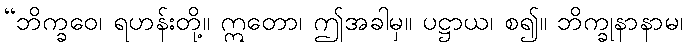
“ဘိက္ခဝေ၊ ရဟန်းတို့။ ဣတော၊ ဤအခါမှ။ ပဋ္ဌာယ၊ စ၍။ ဘိက္ခုနာနာမ၊